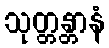
သုတ္တန္တာနံ